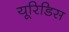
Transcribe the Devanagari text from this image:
यूरिडिस